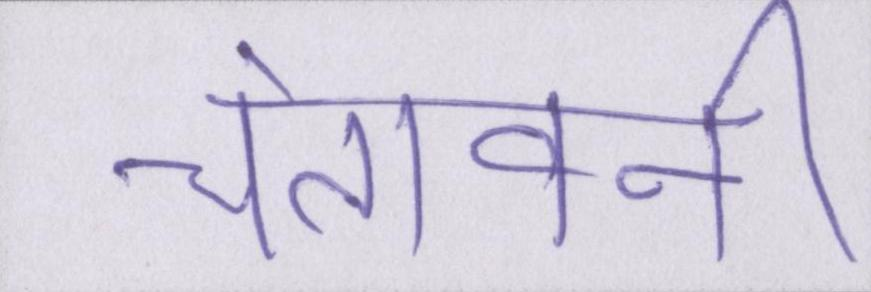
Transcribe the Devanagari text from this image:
चेतावनी